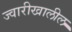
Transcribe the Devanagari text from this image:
ज्वारीखालील